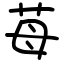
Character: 苺